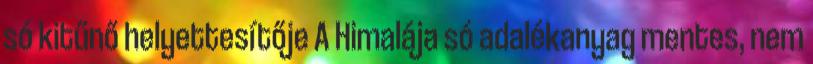
só kitűnő helyettesítője A Himalája só adalékanyag mentes, nem